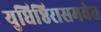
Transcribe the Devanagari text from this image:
युधिष्ठिरासमवेत